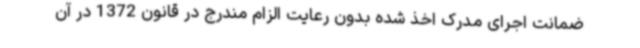
ضمانت اجرای مدرک اخذ شده بدون رعایت الزام مندرج در قانون 1372 در آن